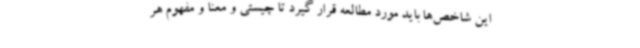
این شاخص‌ها باید مورد مطالعه قرار گیرد تا چیستی و معنا و مفهوم هر